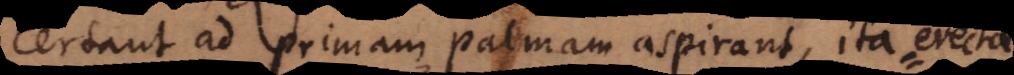
certant ad primam palmam aspirant, ita erectae